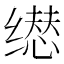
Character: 𬙃